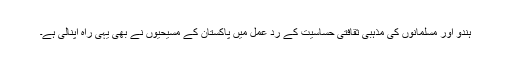
ہندو اور مسلمانوں کی مذہبی ثقافتی حساسیت کے رد عمل میں پاکستان کے مسیحیوں نے بھی یہی راہ اپنالی ہے۔